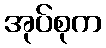
အုပ်စုက